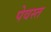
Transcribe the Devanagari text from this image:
पेवस्त